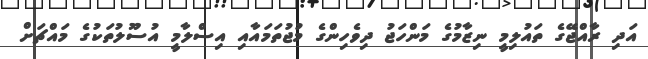
އަދި ރާއްޖޭގެ ތައުލިމީ ނިޒާމުގެ މަންހަޖު ދިވެހިންގެ މުޖުތަމައާއި އިސްލާމީ އުސޫލުތަކުގެ މައްޗަށް